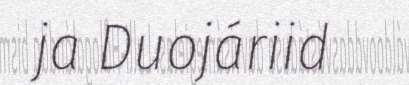
ja Duojáriid